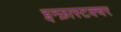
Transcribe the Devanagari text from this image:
इन्फ्रास्टक्चर